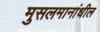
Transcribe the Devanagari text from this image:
मुसलमानांधील